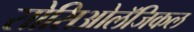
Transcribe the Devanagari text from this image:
सोसिओलॅजिकल